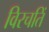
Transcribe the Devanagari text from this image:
विरचतिं